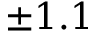
\pm 1 . 1